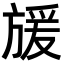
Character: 𭤿